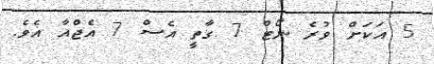
5 އަކަށް ވުރެ ނޯޓް 7 ގާތީ އެސް 7 އެޖްއާ އެވެ.